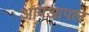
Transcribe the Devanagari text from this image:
आपआपले